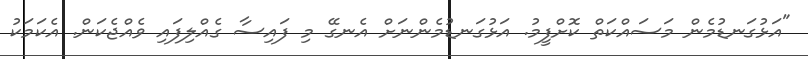
"އަޅުގަނޑުމެން މަސައްކަތް ކޮށްފީމު. އަޅުގަނޑުމެންނަށް އެނގޭ މި ފައިސާ ގެއްލިފައި ވެއްޖެކަން. އެކަމަކު